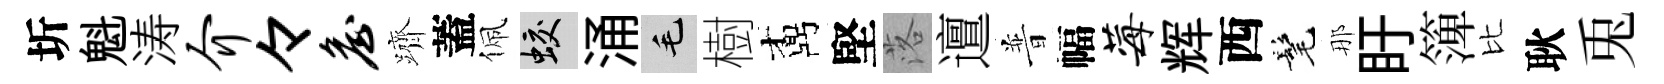
圻魁涛介々詹躋蓋佩蛟涌毛樹鼒堅落邅普幅莓辉西髦那盱𥱼比耿兎